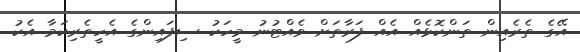
އޭގެ ތެރެއިން ތަންކޮޅެއް އެއް ފަރާތަށް ވެއްޓުނު މީހަކު ސިފައިންގެ އެހީތެރިކަމާ އެކު